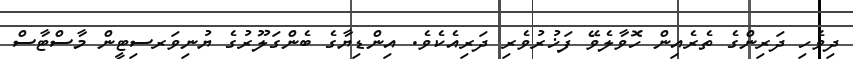
ދިވެހި ދަރިންގެ ތެރެއިން ހޮވާލެވޭ ފަޚުރުވެރި ދަރިއެކެވެ. އިންޑިޔާގެ ބެންގަލޫރުގެ ޔުނިވަރސިޓީން މާސްޓާސް